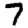
Digit: 7